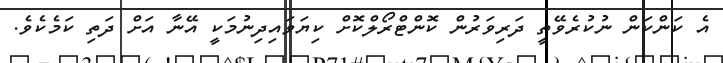
އެ ކަންކަން ނުކުރެވޭތީ ދަރިވަރުން ކޮންޓްރޯލްކޮށް ކިޔަވައިދިނުމަކީ އޭނާ އަށް ދަތި ކަމެކެވެ.